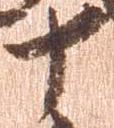
十